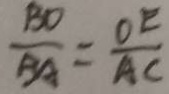
\frac { B D } { B A } = \frac { O E } { A C }